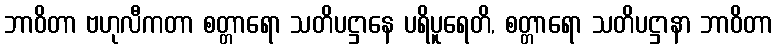
ဘာဝိတာ ဗဟုလီကတာ စတ္တာရော သတိပဋ္ဌာနေ ပရိပူရေတိ, စတ္တာရော သတိပဋ္ဌာနာ ဘာဝိတာ